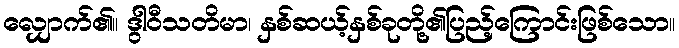
လျှောက်၏။ ဒွါဝီသတိမာ၊ နှစ်ဆယ့်နှစ်ခုတို့၏ပြည့်ကြောင်းဖြစ်သော။